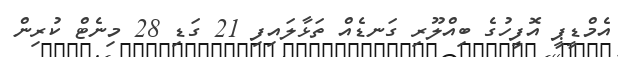
އެމްޑީޕީ އޮފީހުގެ ބިއްލޫރި ގަނޑެއް ތަޅާލައިފި 21 ގަޑި 28 މިނެޓް ކުރިން